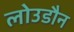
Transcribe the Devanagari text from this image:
लोउडौन